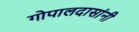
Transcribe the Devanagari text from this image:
गोपालदासांनी